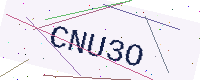
Text: CNU3O